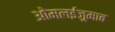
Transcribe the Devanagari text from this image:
ओमलईज़ुमाब